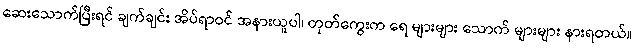
ဆေးသောက်ပြီးရင် ချက်ချင်း အိပ်ရာဝင် အနားယူပါ၊ တုတ်ကွေးက ရေ များများ သောက် များများ နားရတယ်။